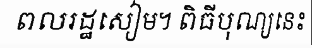
ពលរដ្ឋសៀម។ ពិធីបុណ្យនេះ